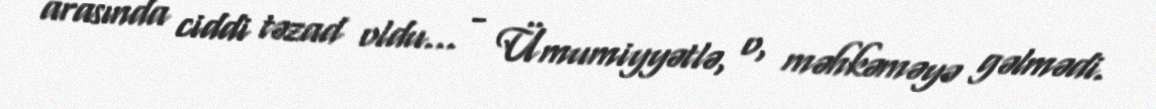
arasında ciddi təzad oldu... - Ümumiyyətlə, o, məhkəməyə gəlmədi.